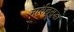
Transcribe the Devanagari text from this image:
मार्शलसुद्धा